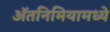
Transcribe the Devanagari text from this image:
ॲतनिमियामध्ये